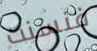
فنسنت